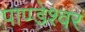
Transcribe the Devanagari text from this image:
पाण्डेश्वर